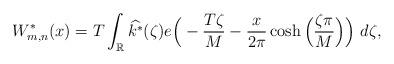
LaTeX: \begin{align*}W_{m,n}^*(x)= T \int_\mathbb{R}\widehat{k^*} (\zeta) e\Big( -\frac{T\zeta}{M} - \frac{x}{2\pi} \cosh\Big(\frac{\zeta \pi}{M}\Big) \Big)~d\zeta, \end{align*}